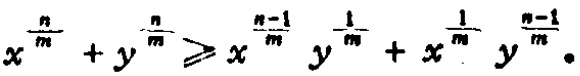
$x^{\frac{n}{m}} + y^{\frac{n}{m}} \geqslant x^{\frac{n - 1}{m}} y^{\frac{1}{m}} + x^{\frac{1}{m}} y^{\frac{n - 1}{m}}$